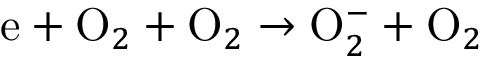
\mathrm { e } + \mathrm { O } _ { 2 } + \mathrm { O } _ { 2 } \to \mathrm { O } _ { 2 } ^ { - } + \mathrm { O } _ { 2 }